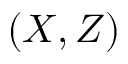
( X , Z )